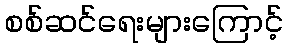
စစ်ဆင်ရေးများကြောင့်